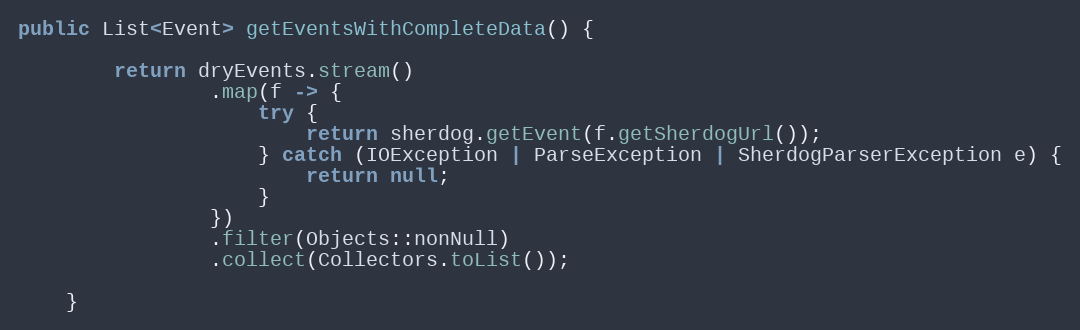
Language: Java
public List<Event> getEventsWithCompleteData() {

        return dryEvents.stream()
                .map(f -> {
                    try {
                        return sherdog.getEvent(f.getSherdogUrl());
                    } catch (IOException | ParseException | SherdogParserException e) {
                        return null;
                    }
                })
                .filter(Objects::nonNull)
                .collect(Collectors.toList());

    }